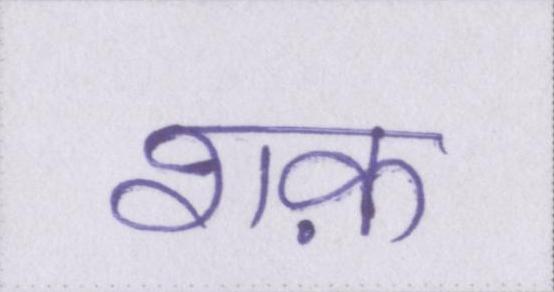
शक़